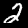
Label: 2